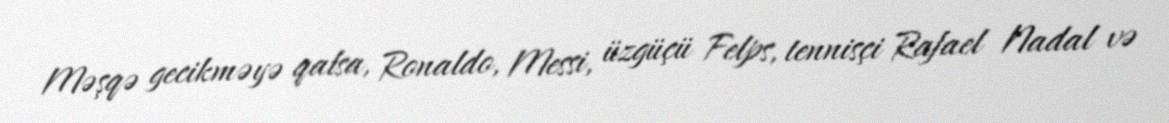
Məşqə gecikməyə qalsa, Ronaldo, Messi, üzgüçü Felps, tennisçi Rafael Nadal və